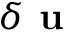
\delta \textbf { u }